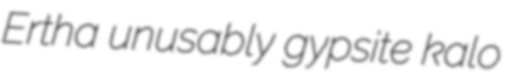
Ertha unusably gypsite kalo